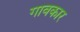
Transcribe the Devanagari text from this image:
गावकार